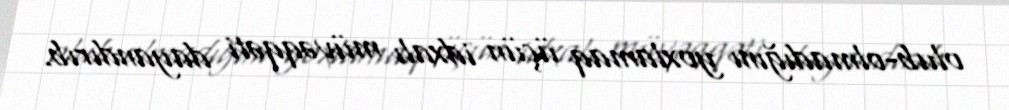
olub-olmadığını yoxlamaq üçün idxalı müvəqqəti dayandırıb.